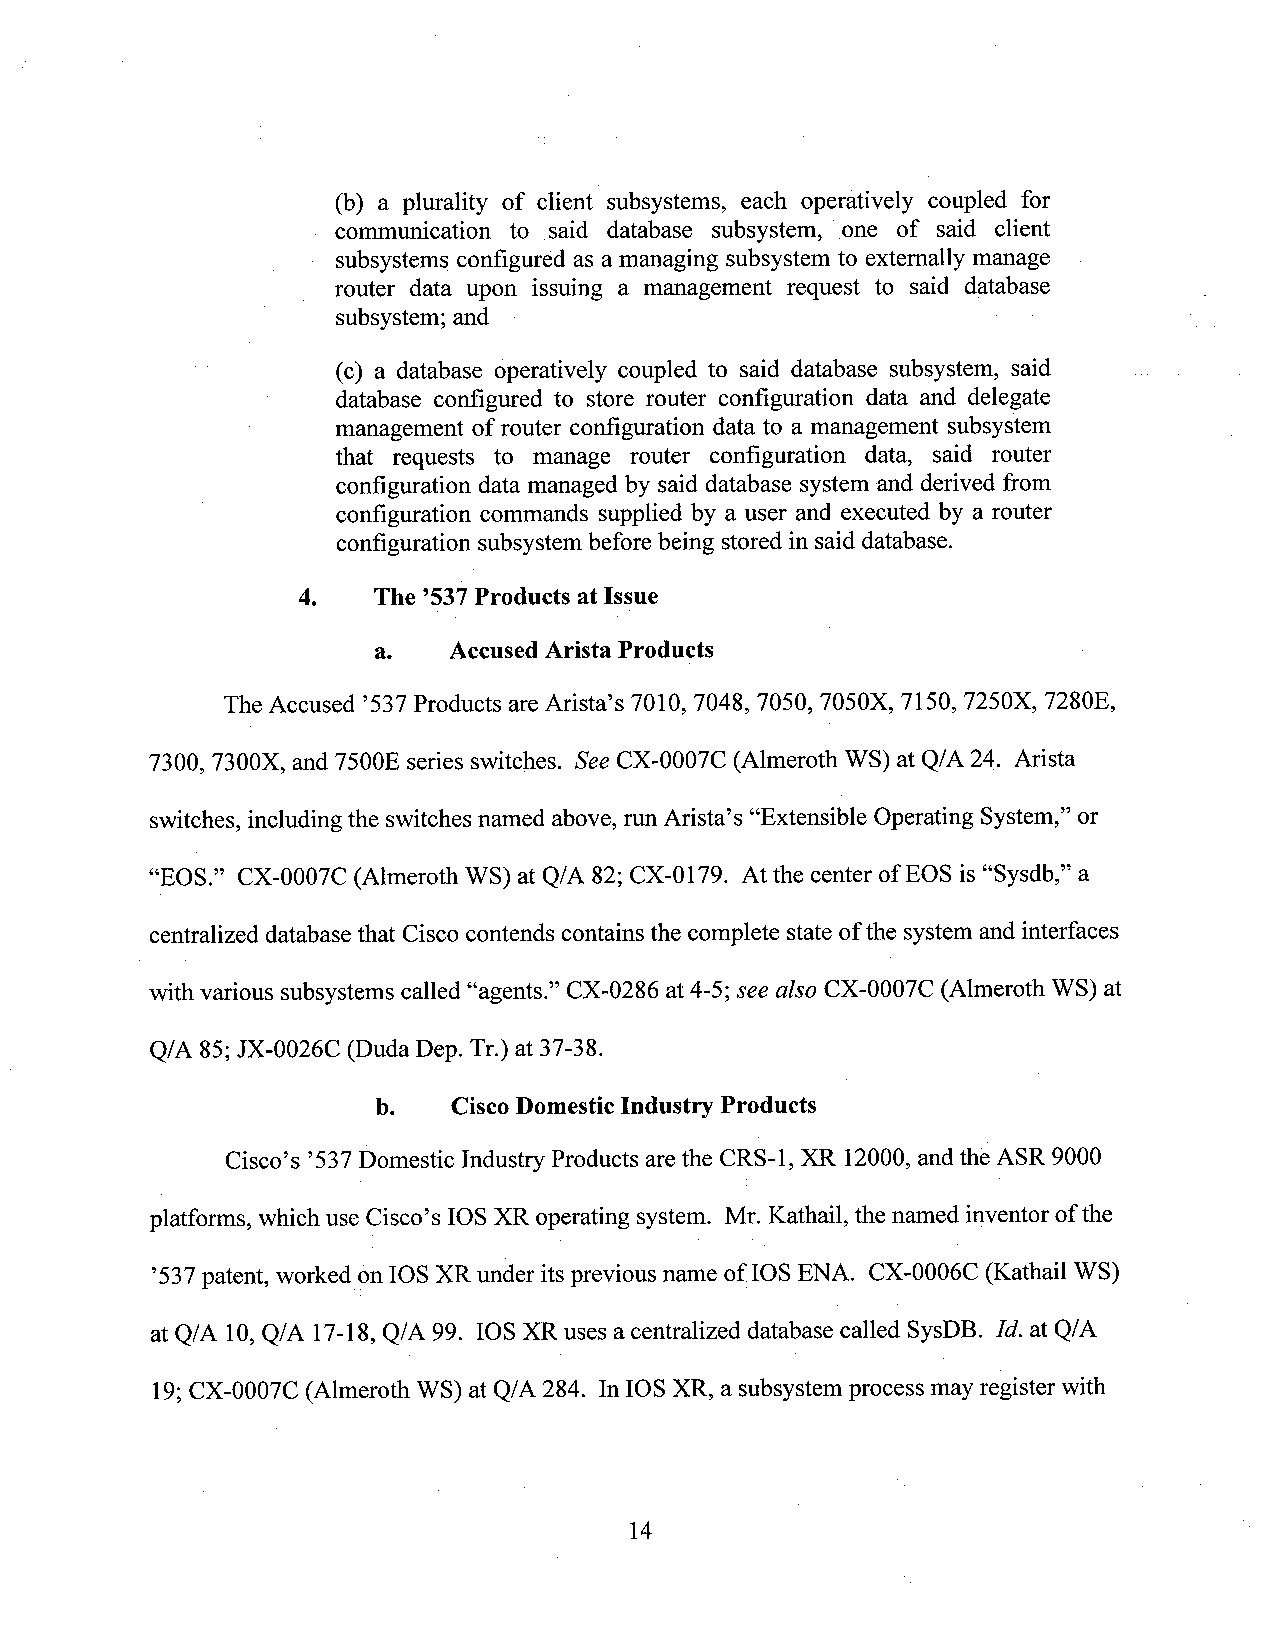
(b) a plurality of client subsystems, each operatively coupled for
 - communication to said database subsystem, one of said client
 subsystems configured as a managing subsystem to externally manage
 router data upon issuing a management request to said database
 subsystem; and
 (c) a database operatively coupled to said database subsystem, said
 database configured to store router configuration data and delegate
 management of router configuration data to a management subsystem
 that requests to manage router configuration data, said router
 configuration data managed by said database system and derived from
 configuration commands supplied by a user and executed by a router
 configuration subsystem before being stored in said database.
 4.   The ’53-7Products at Issue
 a.   AccusedArista Products
 The Accused ’537Products are Arista’s 7010, 7048, 7050, 7050X, 7150, 7250X, 7280E,
 7300, 7300X, and 7500E series switches. SeeCX-0007C (Almeroth WS) at Q/A 24. Arista
 switches, including the switches named above, run Arista’s “Extensible Operating System,” or
 “EOS.” CX-0007C (Almeroth WS) at Q/A 82; CX-0179. At the center of EOS is “Sysdb,” a
 centralized database that Cisco contends contains the complete state ofthe system andinterfaces
 with various subsystems called “agents.” CX-0286 at 4-5; see also CX-0007C (Almeroth WS) at
 Q/A 85;JX-0026C (Duda Dep. Tr.) at 37-38.
 b.   CiscoDomesticIndustry Products
 Cisco’s ‘S37Domestic Industry Products are the CRS-l ,XR 12000,and the ASR 9000
 platforms, which use Cisco’s IOS XR operating system. Mr. Kathail, the named inventor of the
 ’537patent, worked onIOS XR under its previous name of IOS ENA. CX-0006C (Kathail WS)
 at Q/A 10,Q/A 17-18, Q/A 99. IOS XR uses a centralized database called SysDB. Id. at Q/A
 19;CX-0007C (Almeroth WS) at Q/A 284. In IOS XR, a subsystem process may register with
 14